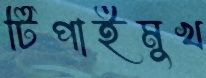
টিপাইমুখ